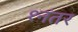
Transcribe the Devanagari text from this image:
१नंतर